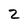
Character: 2